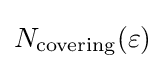
{\textstyle N_{\text{covering}}(\varepsilon )}